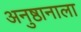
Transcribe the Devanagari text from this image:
अनुष्ठानाला